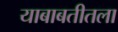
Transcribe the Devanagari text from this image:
याबाबतीतला